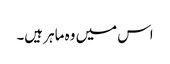
اس میں وہ ماہر ہیں۔